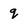
Character: q